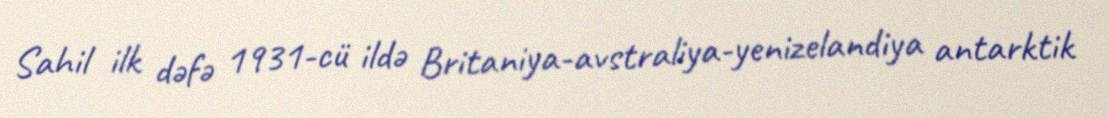
Sahil ilk dəfə 1931-cü ildə Britaniya-avstraliya-yenizelandiya antarktik